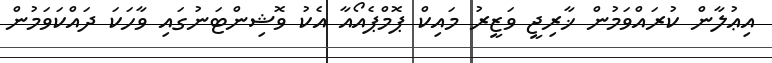
އިޢުލާން ކުރައްވަމުން ޚާރިޖީ ވަޒީރު މައިކް ޕޮމްޕެއޯއާ އެކު ވޮޝިންޓަނުގައި ވާހަކަ ދައްކަވަމުން